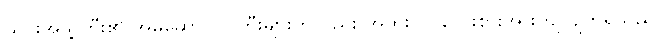
ယင်းအဖွဲ့ကြီး၏ အမှုဆောင်လူကြီးများကိုလည်း အထူးပင် လေးစားအားကျလျက်ရှိသည်။